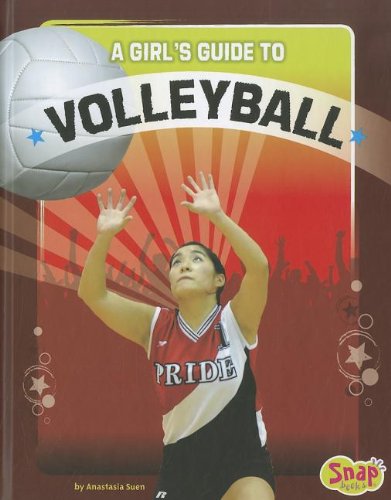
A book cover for A Girl's Guide to Volleyball (Get in the Game); Anastasia Suen; Sports & Outdoors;